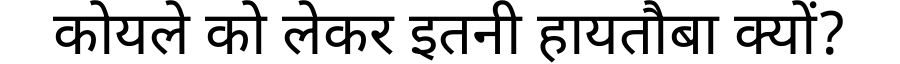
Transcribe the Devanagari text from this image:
कोयले को लेकर इतनी हायतौबा क्यों?